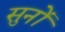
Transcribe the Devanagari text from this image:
सुनों